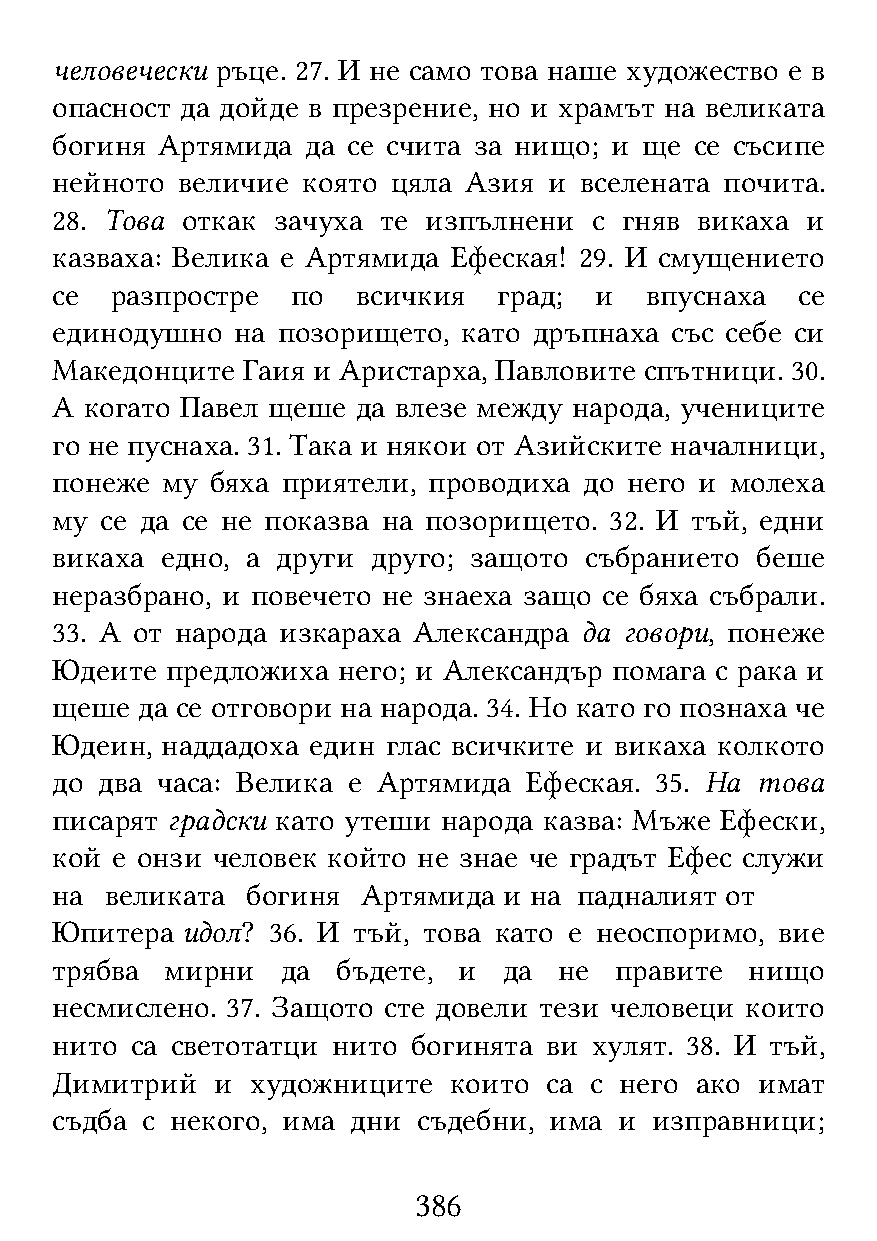
человечески ръце. 27. И не само това наше художество е в
 опасност да дойде в презрение, но и храмът на великата
 богиня Артямида  да се счита за нищо; и ще се съсипе
 нейното  величие която цяла Азия и вселената почита.
 28. Това откак зачуха те изпълнени  с гняв викаха и
 казваха: Велика е Артямида Ефеская! 29. И смущението
 се  разпростре  по   всичкия  град; и   впуснаха  се
 единодушно   на позорището, като дръпнаха със себе си
 Македонците  Гаия и Аристарха, Павловите спътници. 30.
 А  когато Павел щеше да влезе между народа, учениците
 го не пуснаха. 31. Така и някои от Азийските началници,
 понеже  му бяха приятели, проводиха до него и молеха
 му  се да се не показва на позорището. 32. И тъй, едни
 викаха  едно, а други друго; защото събранието беше
 неразбрано, и повечето не знаеха защо се бяха събрали.
 33. А от народа изкараха Александра да говори, понеже
 Юдеите  предложиха него; и Александър помага с рака и
 щеше  да се отговори на народа. 34. Но като го познаха че
 Юдеин,  наддадоха един глас всичките и викаха колкото
 до  два часа: Велика е Артямида Ефеская. 35. На това
 писарят градски като утеши народа казва: Мъже Ефески,
 кой е онзи человек който не знае че градът Ефес служи
 на  великата богиня  Артямида и на падналият от
 Юпитера  идол? 36. И тъй, това като е неоспоримо, вие
 трябва  мирни   да бъдете, и  да  не  правите  нищо
 несмислено. 37. Защото сте довели тези человеци които
 нито  са светотатци нито богинята ви хулят. 38. И тъй,
 Димитрий   и  художниците  които са с него ако имат
 съдба с некого, има дни  съдебни, има и изправници;
 386